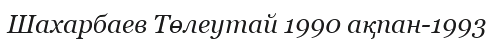
Шахарбаев Төлеутай 1990 ақпан-1993